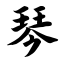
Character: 琴